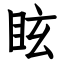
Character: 眩